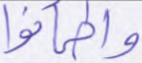
واطمأنوا